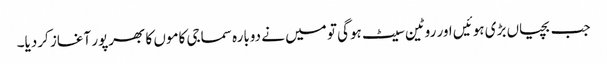
جب بچیاں بڑی ہوئیں اور روٹین سیٹ ہوگی تو میں نے دوبارہ سماجی کاموں کا بھرپور آغاز کردیا۔